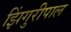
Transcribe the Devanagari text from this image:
झिंगुरीपाल